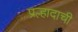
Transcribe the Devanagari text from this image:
प्रल्हादाची